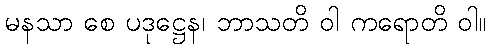
မနသာ စေ ပဒုဋ္ဌေန၊ ဘာသတိ ဝါ ကရောတိ ဝါ။